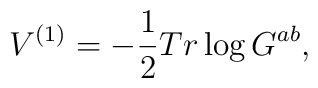
V^{(1)} = - \frac{1}{2} Tr\log G^{ab},